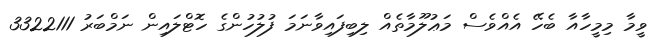
ވީމާ މިމީހާއާ ބެހޭ އެއްވެސް މަޢުލޫމާތެއް ލިބިފައިވާނަމަ ފުލުހުންގެ ހޮޓްލައިން ނަމްބަރު 3322111